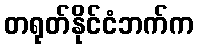
တရုတ်နိုင်ငံဘက်က